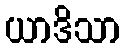
ယာဒိသာ